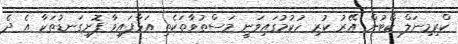
ކްރިމިނަލް ކޯޓުން އޭރު ކުރި ހުކުމުގައިވަނީ މަސްތުވާތަކެތި އަޅާފައިވާ ފޮށިގަނޑުތަކާ އެ ދެ